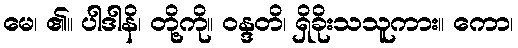
မေ၊ ၏။ ပါဒါနိ၊ တို့ကို။ ဝန္ဒတိ၊ ရှိခိုးသသူကား။ ကော၊